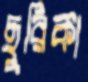
ছুরিকা